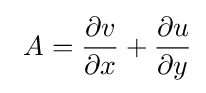
\ A={\frac {\partial v}{\partial x}}+{\frac {\partial u}{\partial y}}